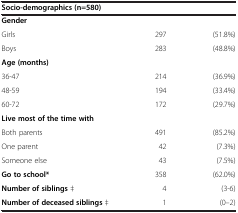
<table><thead><tr><td colspan="3"><b>Socio-demographics (n=580)</b></td></tr></thead><tbody><tr><td colspan="3"><b>Gender</b></td></tr><tr><td>Girls</td><td>297</td><td>(51.8%)</td></tr><tr><td>Boys</td><td>283</td><td>(48.8%)</td></tr><tr><td colspan="3"><b>Age (months)</b></td></tr><tr><td>36-47</td><td>214</td><td>(36.9%)</td></tr><tr><td>48-59</td><td>194</td><td>(33.4%)</td></tr><tr><td>60-72</td><td>172</td><td>(29.7%)</td></tr><tr><td colspan="3"><b>Live most of the time with</b></td></tr><tr><td>Both parents</td><td>491</td><td>(85.2%)</td></tr><tr><td>One parent</td><td>42</td><td>(7.3%)</td></tr><tr><td>Someone else</td><td>43</td><td>(7.5%)</td></tr><tr><td><b>Go to school*</b></td><td>358</td><td>(62.0%)</td></tr><tr><td><b>Number of siblings</b> ‡</td><td>4</td><td>(3-6)</td></tr><tr><td><b>Number of deceased siblings</b> ‡</td><td>1</td><td>(0–2)</td></tr></tbody></table>